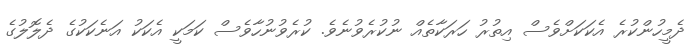
ދެމީހުންކުރެ އެކަކަށްވެސް އިތުރު ހަރަކާތެއް ނުކުރެވުނެވެ. ކުރެވުނުހާވެސް ކަމަކީ އެކަކު އަނެކަކުގެ ދެލޮލުގެ